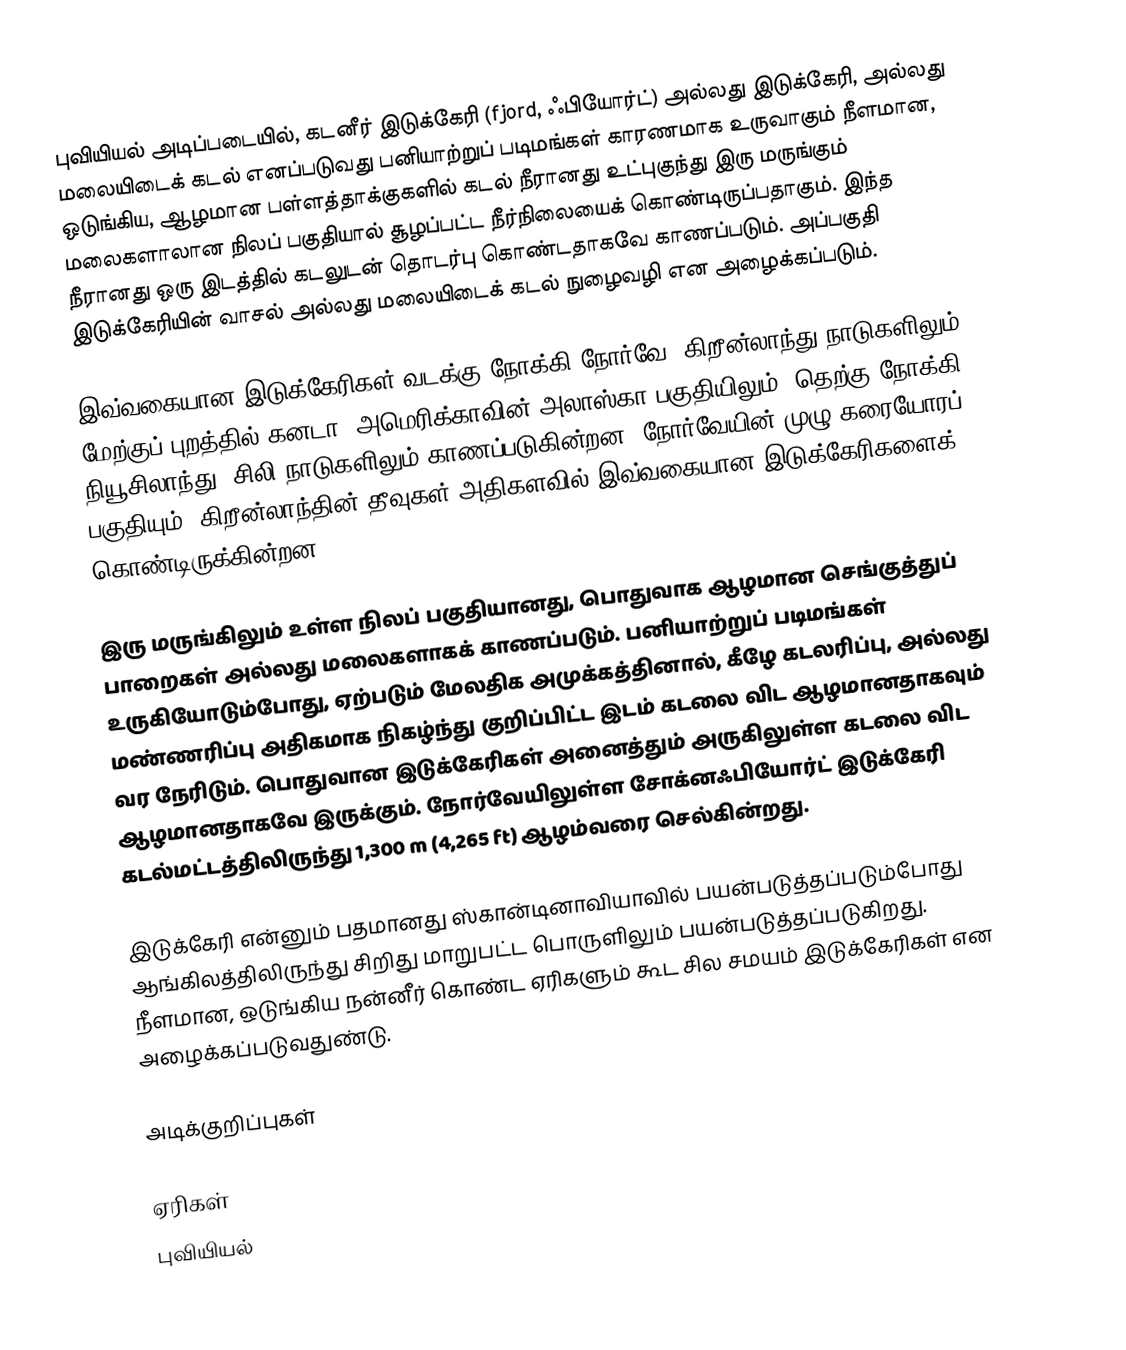
புவியியல் அடிப்படையில், கடனீர் இடுக்கேரி (fjord, ஃபியோர்ட்) அல்லது இடுக்கேரி, அல்லது மலையிடைக் கடல் எனப்படுவது பனியாற்றுப் படிமங்கள் காரணமாக உருவாகும் நீளமான, ஒடுங்கிய, ஆழமான பள்ளத்தாக்குகளில் கடல் நீரானது உட்புகுந்து இரு மருங்கும் மலைகளாலான நிலப் பகுதியால் சூழப்பட்ட நீர்நிலையைக் கொண்டிருப்பதாகும். இந்த நீரானது ஒரு இடத்தில் கடலுடன் தொடர்பு கொண்டதாகவே காணப்படும். அப்பகுதி இடுக்கேரியின் வாசல் அல்லது மலையிடைக் கடல் நுழைவழி என அழைக்கப்படும்.

இவ்வகையான இடுக்கேரிகள் வடக்கு நோக்கி நோர்வே, கிறீன்லாந்து நாடுகளிலும், மேற்குப் புறத்தில் கனடா, அமெரிக்காவின் அலாஸ்கா பகுதியிலும், தெற்கு நோக்கி நியூசிலாந்து, சிலி நாடுகளிலும் காணப்படுகின்றன. நோர்வேயின் முழு கரையோரப் பகுதியும், கிறீன்லாந்தின் தீவுகள் அதிகளவில் இவ்வகையான இடுக்கேரிகளைக் கொண்டிருக்கின்றன.

இரு மருங்கிலும் உள்ள நிலப் பகுதியானது, பொதுவாக ஆழமான செங்குத்துப் பாறைகள் அல்லது மலைகளாகக் காணப்படும். பனியாற்றுப் படிமங்கள் உருகியோடும்போது, ஏற்படும் மேலதிக அமுக்கத்தினால், கீழே கடலரிப்பு, அல்லது மண்ணரிப்பு அதிகமாக நிகழ்ந்து குறிப்பிட்ட இடம் கடலை விட ஆழமானதாகவும் வர நேரிடும். பொதுவான இடுக்கேரிகள் அனைத்தும் அருகிலுள்ள கடலை விட ஆழமானதாகவே இருக்கும். நோர்வேயிலுள்ள சோக்னஃபியோர்ட் இடுக்கேரி கடல்மட்டத்திலிருந்து 1,300 m (4,265 ft) ஆழம்வரை செல்கின்றது.

இடுக்கேரி என்னும் பதமானது ஸ்கான்டினாவியாவில் பயன்படுத்தப்படும்போது ஆங்கிலத்திலிருந்து சிறிது மாறுபட்ட பொருளிலும் பயன்படுத்தப்படுகிறது. நீளமான, ஒடுங்கிய நன்னீர் கொண்ட ஏரிகளும் கூட சில சமயம் இடுக்கேரிகள் என அழைக்கப்படுவதுண்டு.

அடிக்குறிப்புகள்

ஏரிகள்
புவியியல்